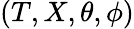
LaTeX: (T,X,\theta,\phi)